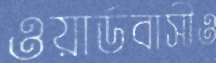
ওয়ার্ডবাসীও